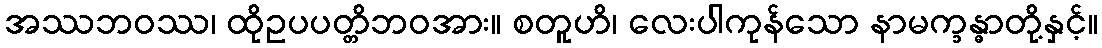
အဿဘဝဿ၊ ထိုဥပပတ္တိဘဝအား။ စတူဟိ၊ လေးပါကုန်သော နာမက္ခန္ဓာတို့နှင့်။